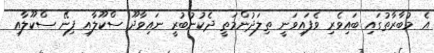
އެ މުބާރާތުގައި ބައިވެރި ވެފައިވަނީ ތިލަދުންމަތީ ދެކުނުބުރީ ނައިވާދޫ ސްކޫލާއި ފިނޭ ސްކޫލާއި